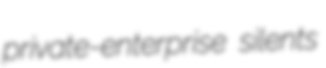
private-enterprise silents